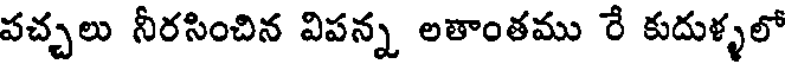
పచ్చలు నీరసించిన విపన్న లతాంతము రే కుదుళ్ళలో